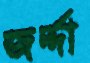
জর্দ্দা